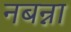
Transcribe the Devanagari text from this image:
नबन्ना